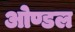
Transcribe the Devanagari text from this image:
ओण्डल